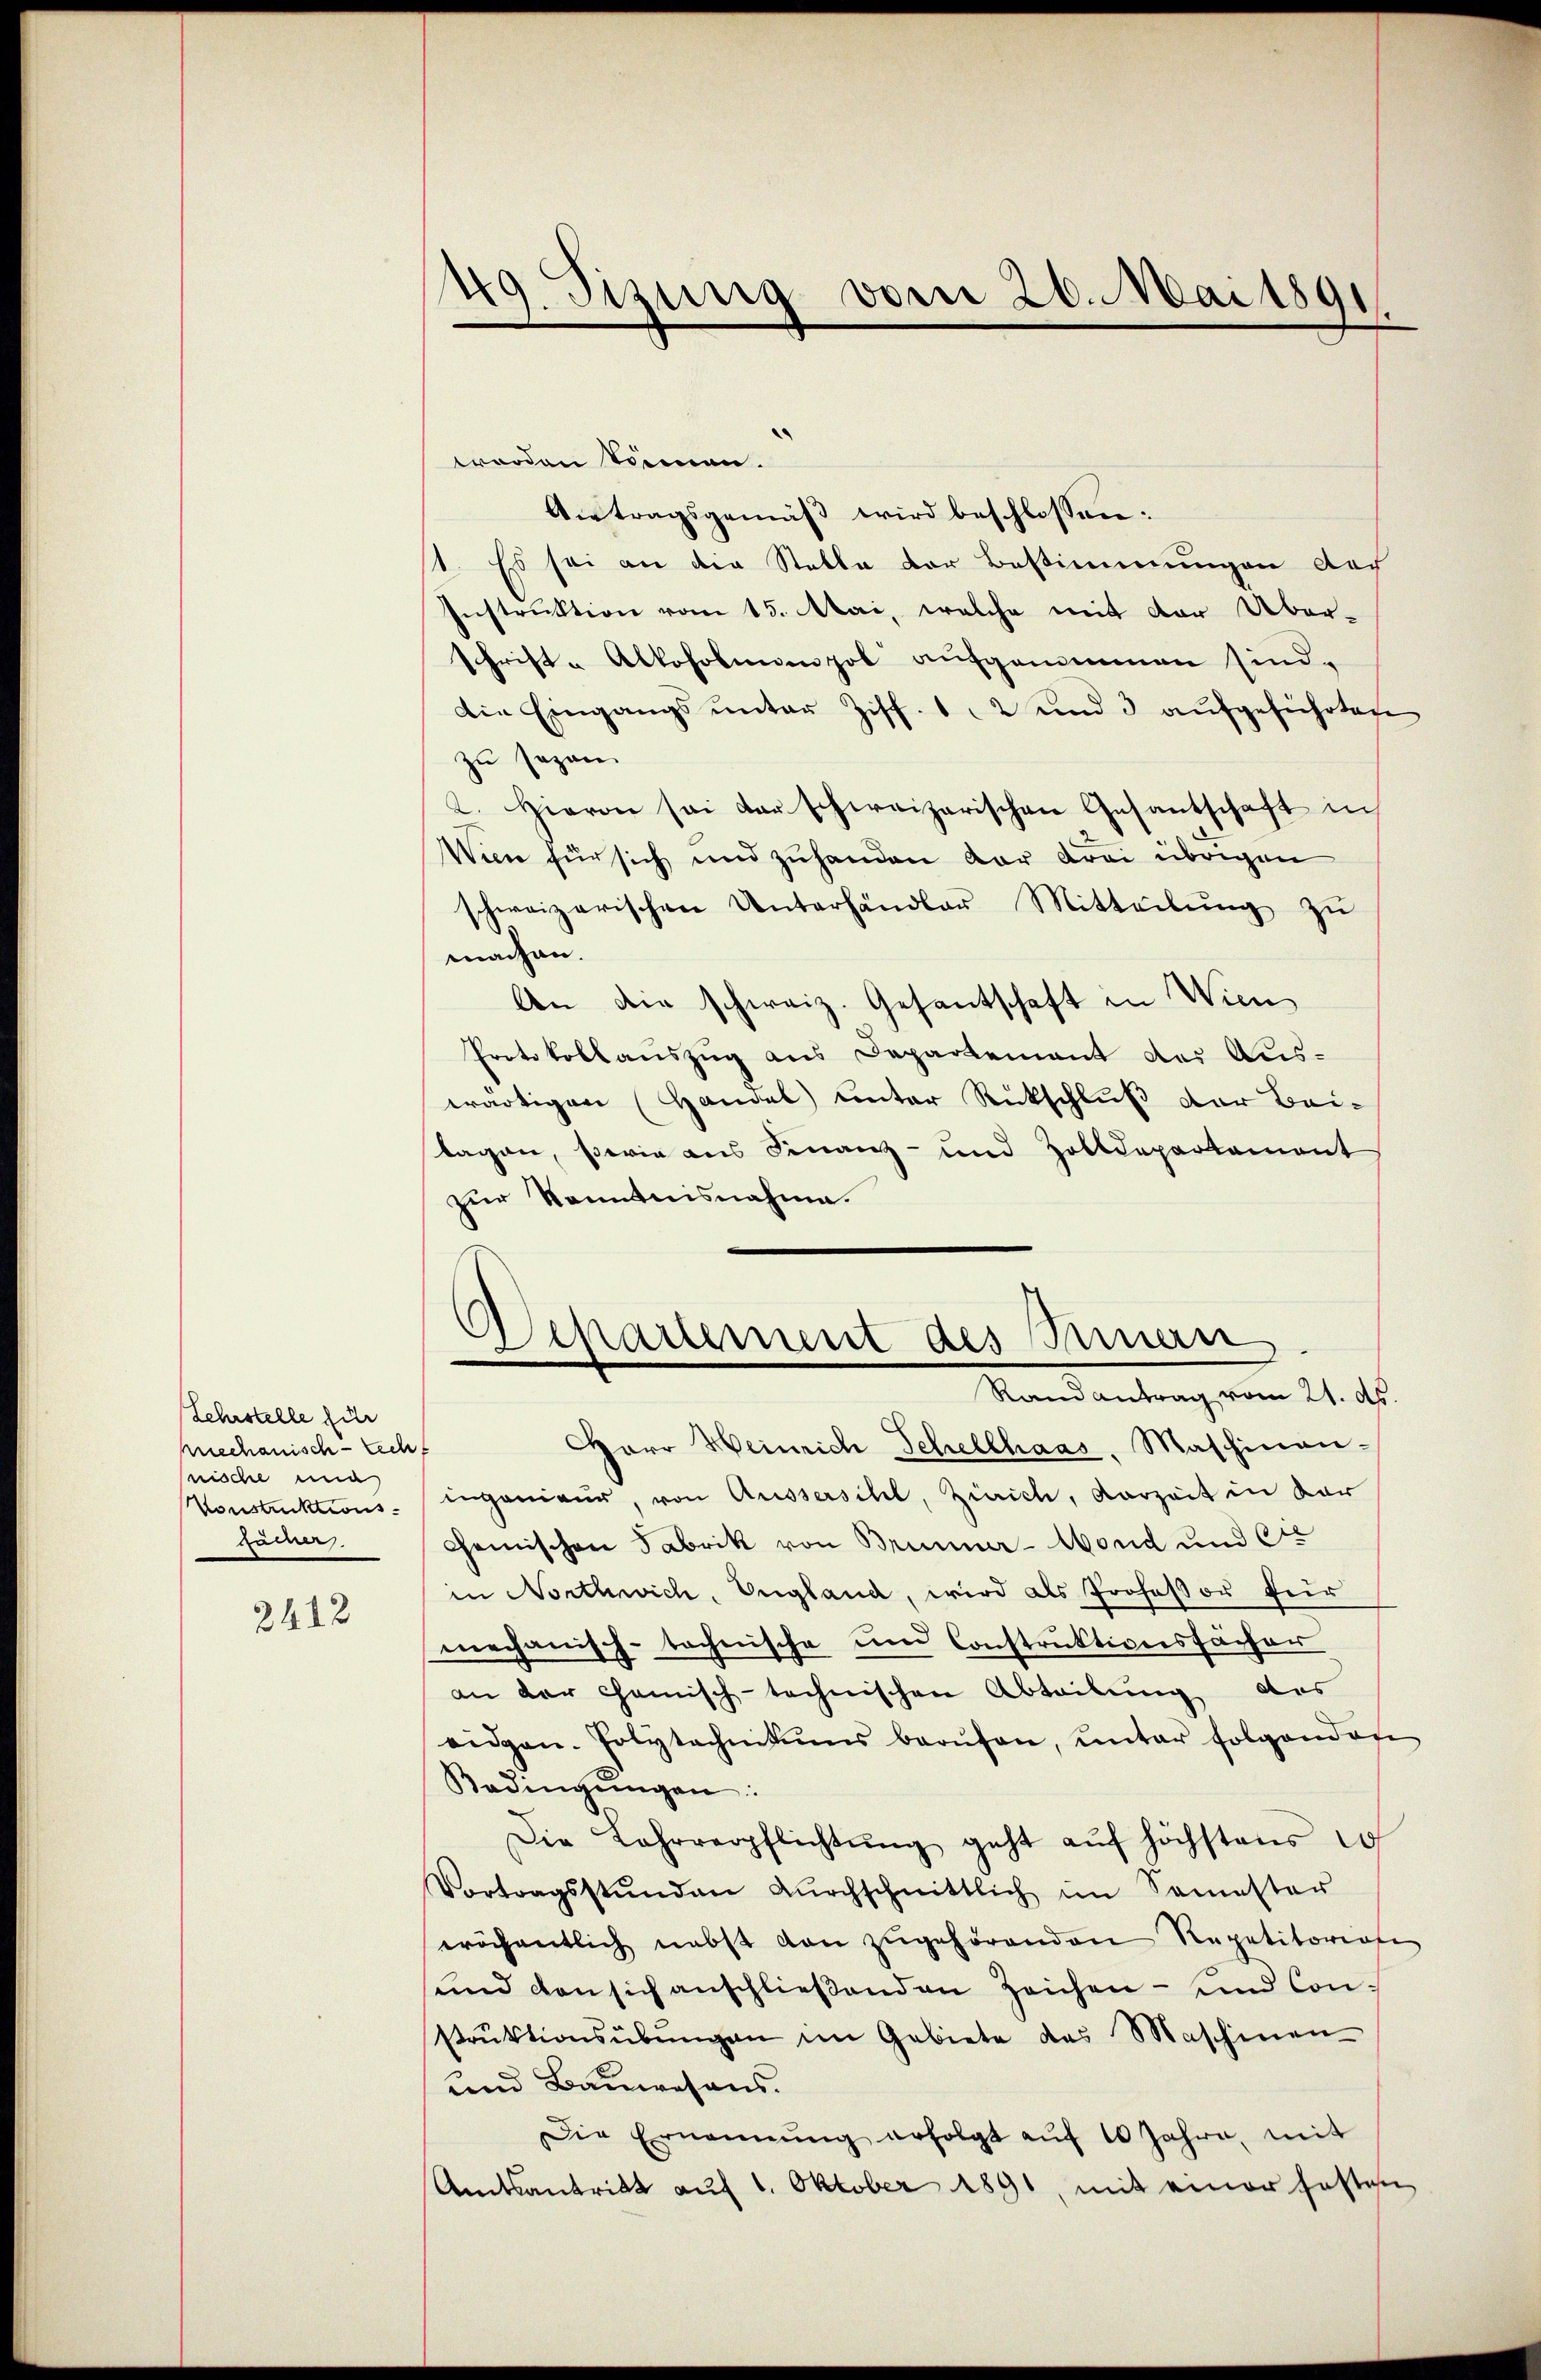
Lehrstelle führ
rechanisch-recht
nische eina
Vonstruktions-
gamner

2412

49. Sizung vom 26. Mai 1891

worden tiennen.
Antragsgemäß wird beschlossen:
st. Es sei an die Stelle der Bestimmungen doch
Instruktion vom 15. Mai, welche mit der Über-
schrift - Alkoholmienpol aufgenommen sind.
dDie Eingangs unter Ziff. 12 und 3 aufgeführten
zu sagen.
2. Hievon sei der schweizerischen Gesantschaft in
Wien für sich und zuhanden vor drei übrigen
schweizerischen Unterhändler Mitteilŭng zŭ
machen.
An die schweiz. Gesantschaft in Wien,
Protokollauszug aus Departement des Aus-
wärtigen (Handel unter Rückschluß der Bei-
lagen, sowie aus Finanz- und Zolldepartemont
zur Kenntnisnahme.
Separtement des Innen
Randantrag vom 21. ds.
Herr Weinrich Schellhaas, Maschinan-
ingenieur, von Aussersihl, Zürich, Vorzeit in dar
Chemischen Fabrik von Brunner-Mond und Er
in Northwich, England, wird als Professor für
mechanisch-technische und Construktionsfächer
an der chanisch-technischen Abteilung des
eidgen. Polytechnitums berŭfen, ŭnter folgenden
Bedingŭngen:
Die Lahrverpflichtŭng geht aŭf höchstens 10
Vortragsstunden dŭrchschnittlich im Semester
eröchentlich nebst von zugehörenden Repetitoriale
und den sich anschlieβenden Zeichen - und Constrŭktionsübŭngen im Gebiete des Maschinen
und Bauwesens.
Die Ernennung erfolgt auf 10 Jahre, mit
Amtsantritt auf 1. Oktober 1891, mit einer festen